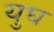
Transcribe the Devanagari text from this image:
युघ